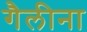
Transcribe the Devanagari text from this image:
गैलीना